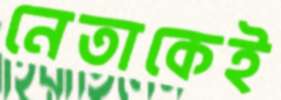
নেতাকেই